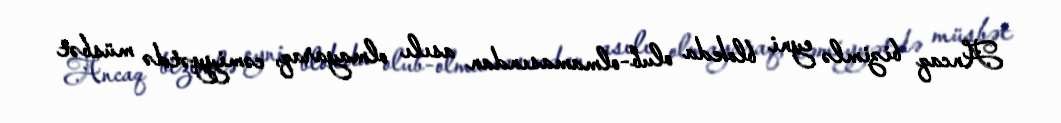
Ancaq bizimlə eyni blokda olub-olmamasından asılı olmayaraq, cəmiyyətdə müsbət